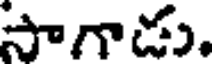
సాగాడు.